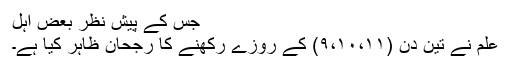
جس کے پیش نظر بعض اہل
علم نے تین دن (۹،۱۰،۱۱) کے روزے رکھنے کا رجحان ظاہر کیا ہے۔